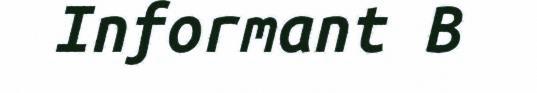
Informant B